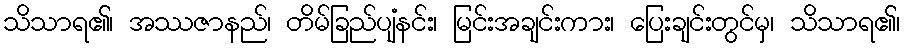
သိသာရ၏၊ အဿဇာနည်၊ တိမ်ခြည်ပျံနင်း၊ မြင်းအချင်းကား၊ ပြေးချင်းတွင်မှ၊ သိသာရ၏၊